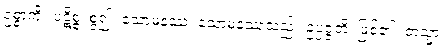
ဥစ္စာကို။ ပဋိစ္စ၊ စွဲ၍။ သောမနဿံ၊ သောမနဿသည်။ ဥပ္ပဇ္ဇတိ၊ ဖြစ်၏။ တသ္မာ၊